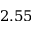
2 . 5 5